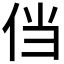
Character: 𰁸